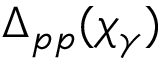
\Delta _ { p p } ( \chi _ { \gamma } )